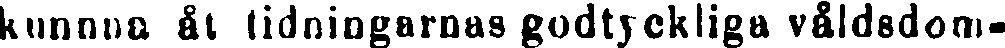
kunnna åt tidningarnas godtyckliga våldsdom-